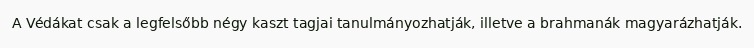
A Védákat csak a legfelsőbb négy kaszt tagjai tanulmányozhatják, illetve a brahmanák magyarázhatják.